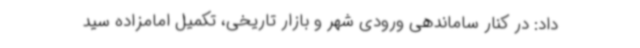
داد: در کنار ساماندهی ورودی شهر و بازار تاریخی، تکمیل امامزاده سید